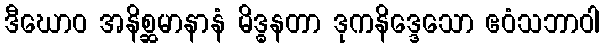
ဒီဃောဝ အနိစ္ဆမာနာနံ မိဒ္ဓနတာ ဒုကနိဒ္ဒေသော ဧဝံသဘာဝါ